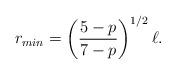
LaTeX: \begin{align*}r_{min}=\left({5-p\over 7-p}\right)^{1/2}\ell.\end{align*}